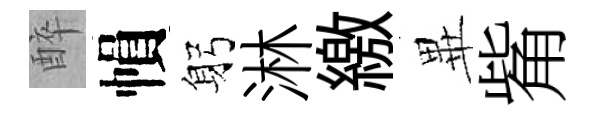
醉𢄙躬淋繳𭺾觜